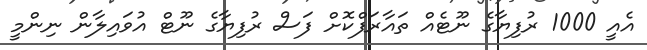
އެއީ 1000 ރުފިޔާގެ ނޫޓެއް ތައާރަފްކޮށް ފަސް ރުފިޔާގެ ނޫޓް އުވައިލާން ނިންމީ